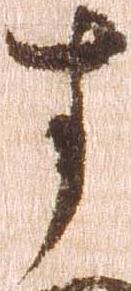
す